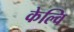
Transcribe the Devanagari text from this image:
केल्वि